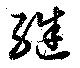
継